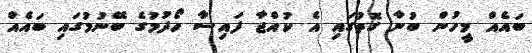
ބައެއް މީހުން ބުނާ ގޮތުގައި އެ ކުއްޖާ ފައިސާ ހޯދުމުގެ ބޭނުމުގައި ބައެއް